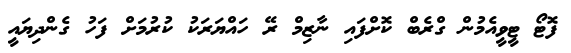
ފޮޓޯ ޓީވީއެމުން ގްރެބް ކޮށްފައި ނާޒިމް ރޭ ހައްޔަރަކު ކުރުމަށް ފަހު ގެންދިޔައީ